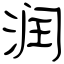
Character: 润